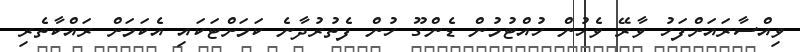
ވިއްސާރައަށްފަހު ވާރޭ ވެހުން ހުއްޓުމުން ޑެންގޫ ހުން ފެތުރުދާނެ ކަމަށްޓަކައި އެކަމަށް ރައްކާތެރި